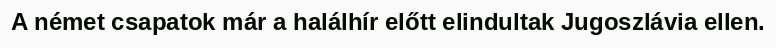
A német csapatok már a halálhír előtt elindultak Jugoszlávia ellen.